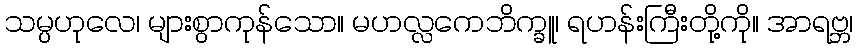
သမ္ပဟုလေ၊ များစွာကုန်သော။ မဟလ္လကေဘိက္ခူ၊ ရဟန်းကြီးတို့ကို။ အာရဗ္ဘ၊